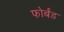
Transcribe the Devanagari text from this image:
फोर्बंड